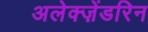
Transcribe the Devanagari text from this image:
अलेक्ज़ेंडरिन